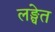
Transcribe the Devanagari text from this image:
लङ्घेत